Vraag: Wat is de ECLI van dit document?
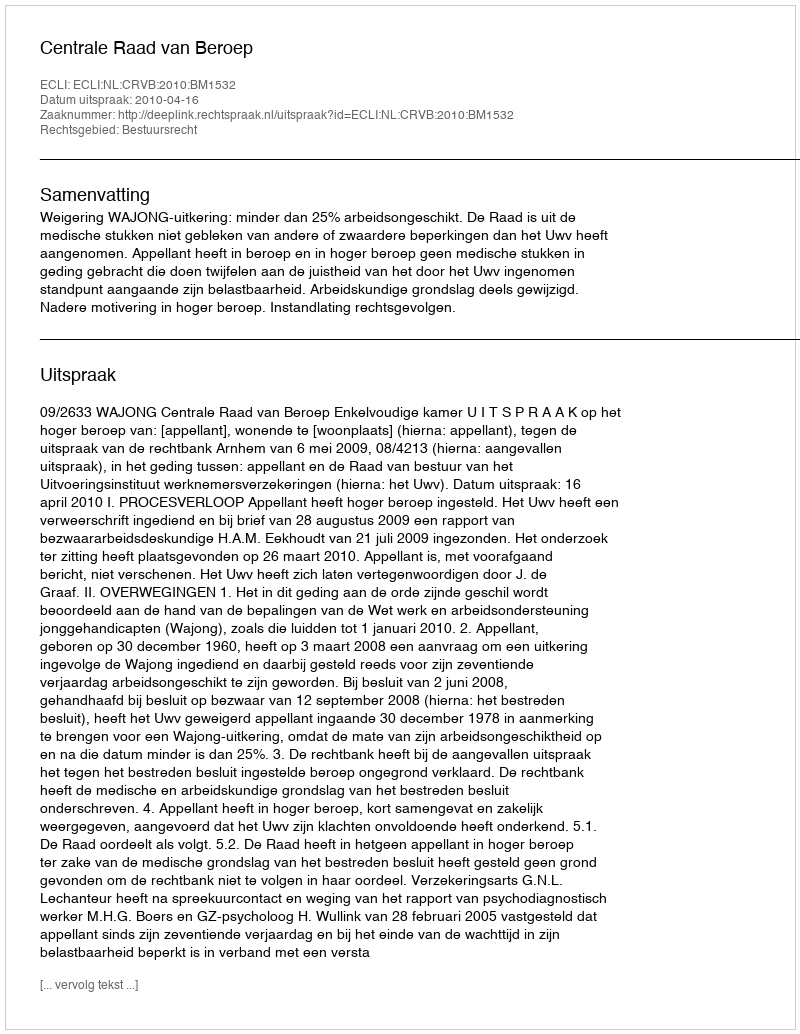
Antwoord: ECLI:NL:CRVB:2010:BM1532